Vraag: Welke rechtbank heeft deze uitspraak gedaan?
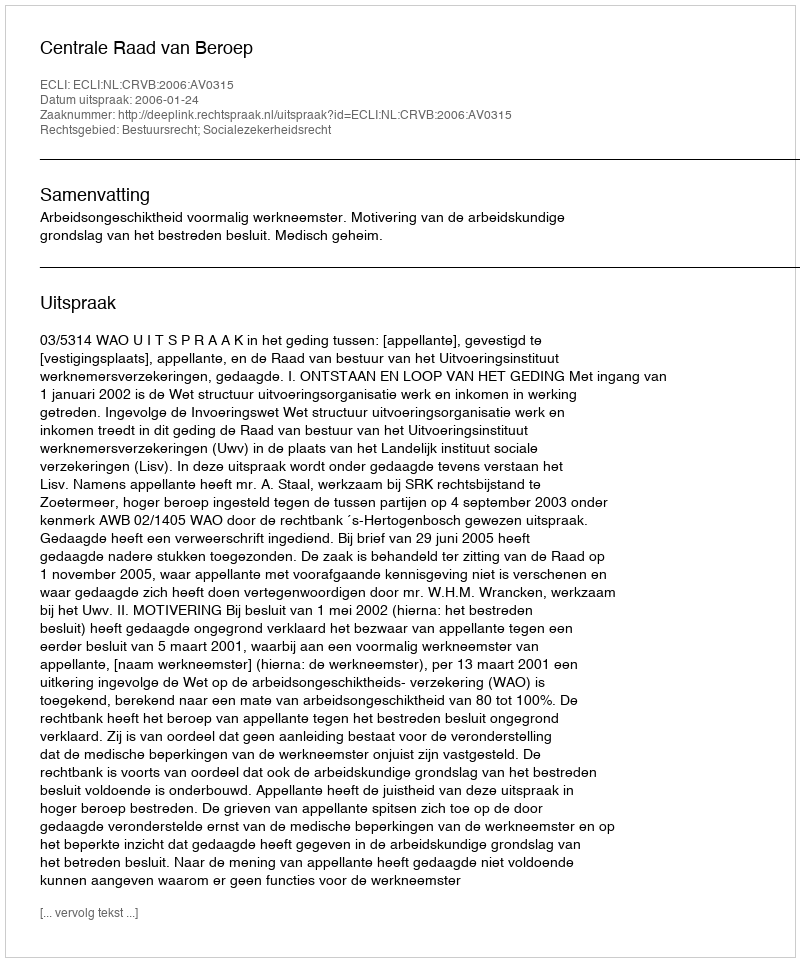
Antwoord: Centrale Raad van Beroep